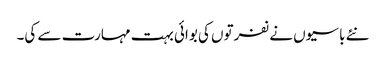
نئے باسیوں نے نفرتوں کی بوائی بہت مہارت سے کی۔